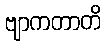
ဗျာကတာတိ